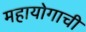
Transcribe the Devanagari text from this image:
महायोगाची